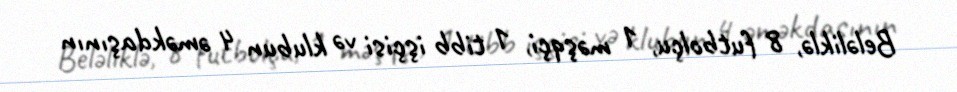
Beləliklə, 8 futbolçu, 1 məşqçi, 1 tibb işçisi və klubun 4 əməkdaşının